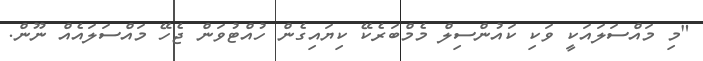
"މި މައްސަލައަކީ ވަކި ކައުންސިލް މެމްބަރެކޭ ކިޔައިގެން ހުއްޓުވަން ޖެހޭ މައްސަލައެއް ނޫން.